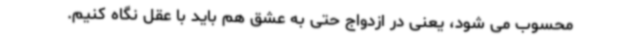
محسوب می شود، یعنی در ازدواج حتی به عشق هم باید با عقل نگاه کنیم.